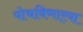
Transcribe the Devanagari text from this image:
पोचविणार्‍या